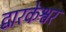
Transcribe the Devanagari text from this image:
द्वारकेश्वर